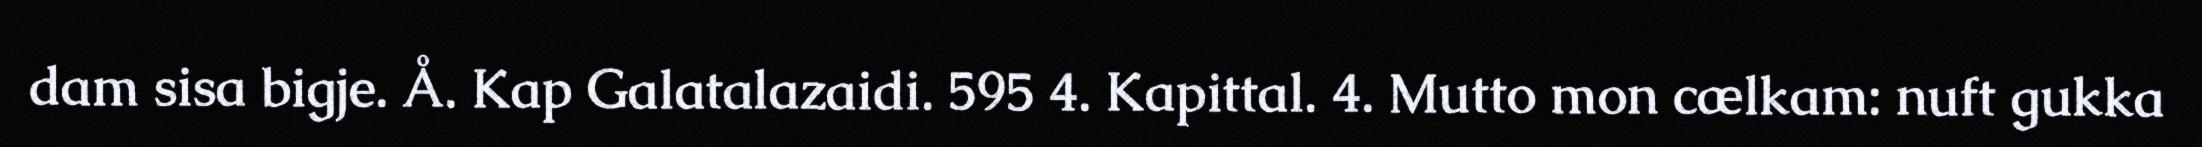
dam sisa bigje. Å. Kap Galatalazaidi. 595 4. Kapittal. 4. Mutto mon cælkam: nuft gukka